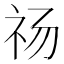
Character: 𰧰